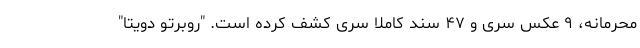
محرمانه، ۹ عکس سری و ۴۷ سند کاملا سری کشف کرده است. "روبرتو دِویتا"